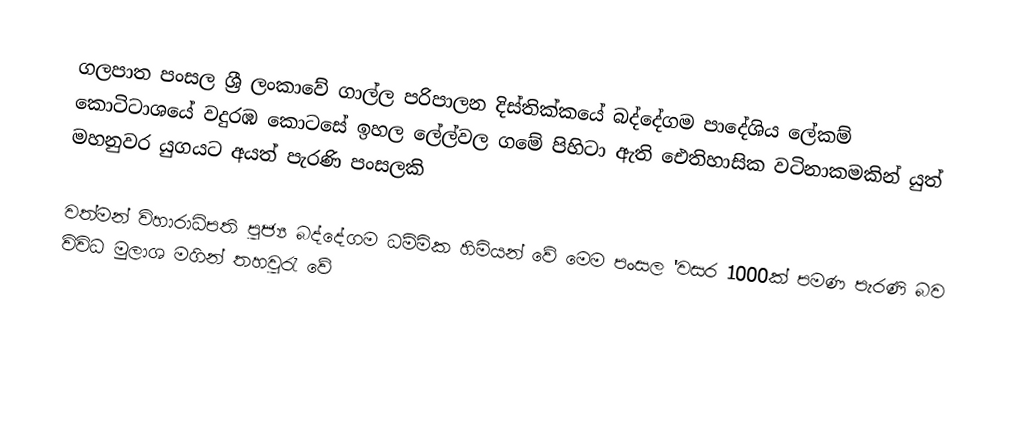
ගලපාත පංසල  ශ්‍රී ලංකාවේ ගාල්ල පරිපාලන දිස්තික්කයේ බද්දේගම පාදේශිය ලේකම් කොටිටාශයේ වදුරඹ කොටසේ ඉහල ලේල්වල ගමේ පිහිටා ඇති ඓතිහාසික වටිනාකමකින් යුත් මහනුවර යුගයට අයත් පැරණි පංසලකි

වත්මන් විහාරාධිපති පුජ්‍ය බද්දේගම ධම්මික හිමියන් වේ මෙම පංසල 'වසර 1000ක් පමණ පැරණි බව විවිධ මුලාශ මගින් තහවුරැ වේ